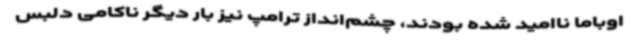
اوباما ناامید شده بودند، چشم‌انداز ترامپ نیز بار دیگر ناکامی دلبس